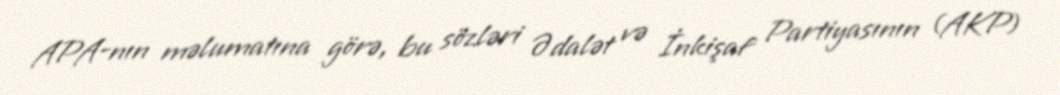
APA-nın məlumatına görə, bu sözləri Ədalət və İnkişaf Partiyasının (AKP)